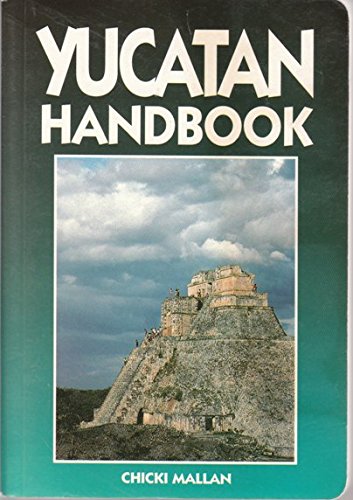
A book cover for Yucatan handbook (Moon Handbooks Yucatan Peninsula); Chicki Mallan; Travel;